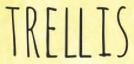
TRELLIS